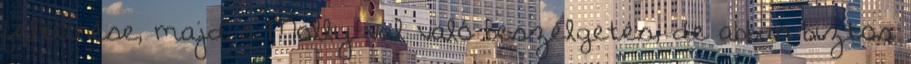
feltűnése, majd a Molly-val való beszélgetés, de abban biztos